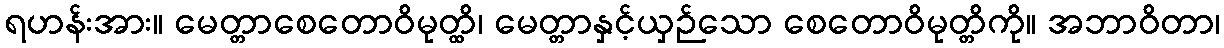
ရဟန်းအား။ မေတ္တာစေတောဝိမုတ္ထိ၊ မေတ္တာနှင့်ယှဉ်သော စေတောဝိမုတ္တိကို။ အဘာဝိတာ၊